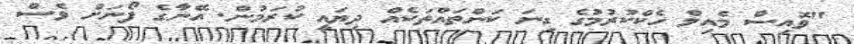
"ވޮއިސް މެއިލް ހެކްކުރުމުގެ ގިނަ ކަންތައްތަކެއް ދިޔައީ ކުރަމުން. އޭނާގެ ފޯނަށް ވެސް